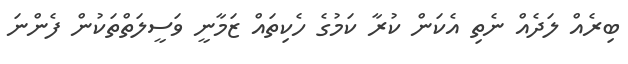
ބިރެއް ލަދެއް ނެތި އެކަން ކުރާ ކަމުގެ ހެކިތައް ޒަމާނީ ވަސީލަތްތަކުން ފެންނަ